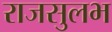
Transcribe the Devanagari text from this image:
राजसुलभ